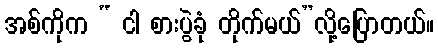
အစ်ကိုက “ ငါ စားပွဲခုံ တိုက်မယ်”လို့ပြောတယ်။